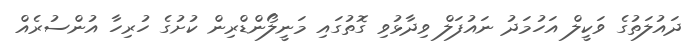
ދައުލަތުގެ ވަކީލް އަހުމަދު ނައުފަލް ވިދާޅުވި ގޮތުގައި މަނީލޯންޑްރިން ކުށުގެ ހުރިހާ އުންސުރެއް